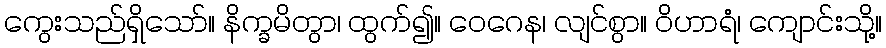
ကွေးသည်ရှိသော်။ နိက္ခမိတွာ၊ ထွက်၍။ ဝေဂေန၊ လျင်စွာ။ ဝိဟာရံ၊ ကျောင်းသို့။